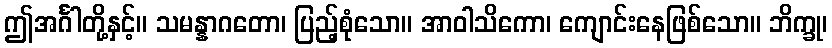
ဤအင်္ဂါတို့နှင့်။ သမန္နာဂတော၊ ပြည့်စုံသော။ အာဝါသိကော၊ ကျောင်းနေဖြစ်သော။ ဘိက္ခု၊